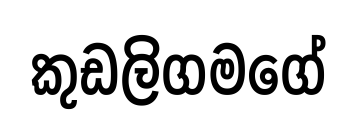
කුඩලිගමගේ